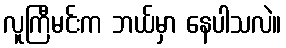
လူကြီမင်းက ဘယ်မှာ နေပါသလဲ။